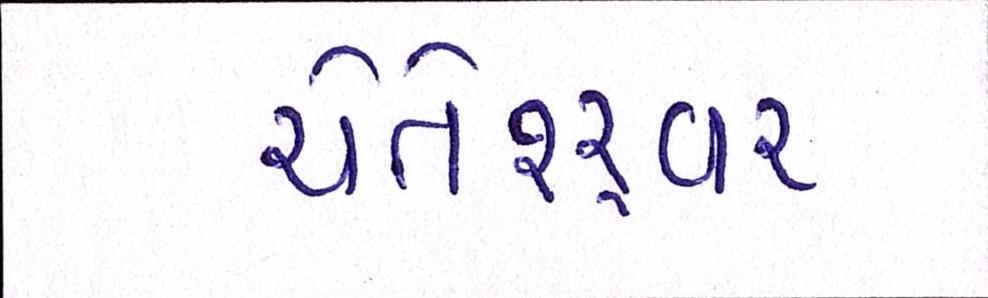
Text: ચેતેશ્ર્વર